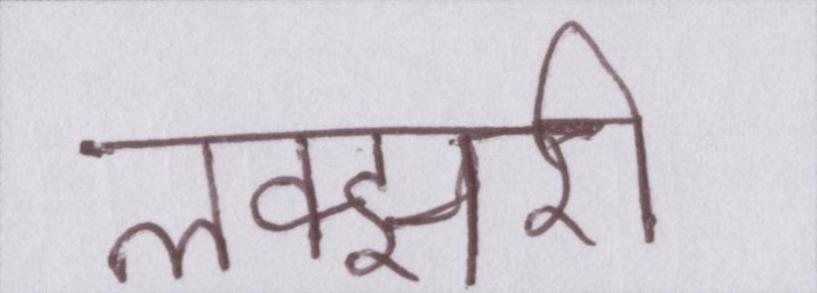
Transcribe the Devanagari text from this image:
लक्झरी